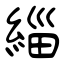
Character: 緇